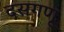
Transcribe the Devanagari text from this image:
दसगणू